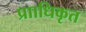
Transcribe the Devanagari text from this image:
प्रााधिकृत